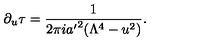
\partial _ { u } \tau = { \frac { 1 } { 2 \pi i { a ^ { \prime } } ^ { 2 } ( \Lambda ^ { 4 } - u ^ { 2 } ) } } .